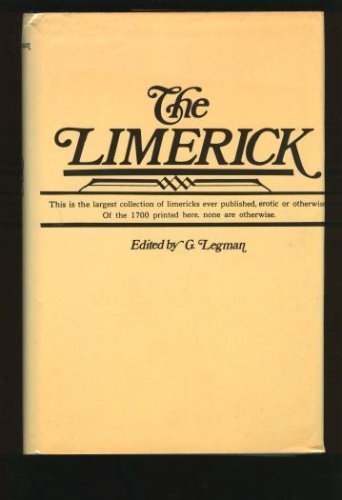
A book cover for The Limerick; Gershon Legman; Humor & Entertainment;